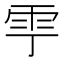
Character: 𩁷